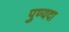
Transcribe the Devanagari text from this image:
पुण्यदा